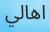
اهالي